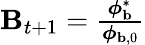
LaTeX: \begin{array}{r}{\mathbf{B}_{t+1}=\frac{\boldsymbol{\phi}_{\mathbf{b}}^{*}}{\boldsymbol{\phi}_{\mathbf{b},0}}}\end{array}